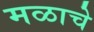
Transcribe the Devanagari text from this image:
मळाचे